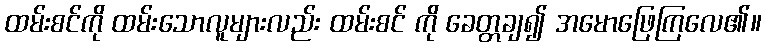
ထမ်းစင်ကို ထမ်းသောလူများလည်း ထမ်းစင် ကို ခေတ္တချ၍ အမောဖြေကြလေ၏။